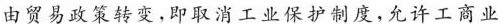
由贸易政策转变，即取消工业保护制度，允许工商业